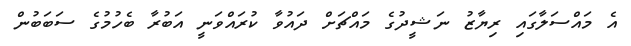
އެ މައްސަލާގައި ރިޔާޒު ނަޝީދުގެ މައްޗަށް ދައުވާ ކުރައްވަނީ އަބުރާ ބެހުމުގެ ސަބަބުން